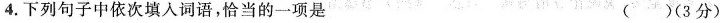
4.下列句子中依次填入词语，恰当的一项是 ( )(3分)